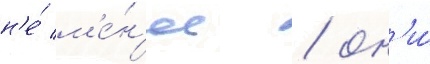
н'е́ м'е́н'ее / он'и́